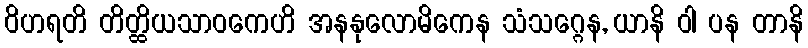
ဝိဟရတိ တိတ္ထိယသာဝကေဟိ အနနုလောမိကေန သံသဂ္ဂေန, ယာနိ ဝါ ပန တာနိ